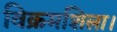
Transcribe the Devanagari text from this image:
विक्रमशिला।